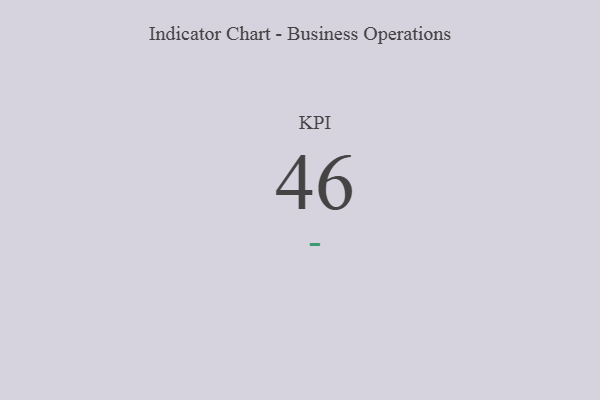
{"axis": {"x": "KPI", "y": "Value"}, "legend": [""], "data": [{"x": "KPI", "y": 46, "type": ""}]}